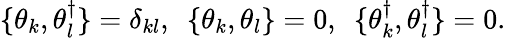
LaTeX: \{ \theta_{k},\theta_{l}^{\dagger}\} =\delta_{kl},\ \ \{ \theta_{k},\theta_{l}\} =0,\ \ \{ \theta_{k}^{\dagger},\theta_{l}^{\dagger}\} =0.